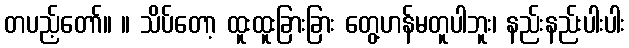
တပည့်တော်။ ။ သိပ်တော့ ထူးထူးခြားခြား တွေ့ဟန်မတူပါဘူး၊ နည်းနည်းပါးပါး